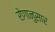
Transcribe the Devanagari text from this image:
रोगानुसार